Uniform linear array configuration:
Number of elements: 32
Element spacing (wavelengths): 0.75
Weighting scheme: blackman
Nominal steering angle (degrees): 0
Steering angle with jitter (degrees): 1.843
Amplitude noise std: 0.05
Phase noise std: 0.05

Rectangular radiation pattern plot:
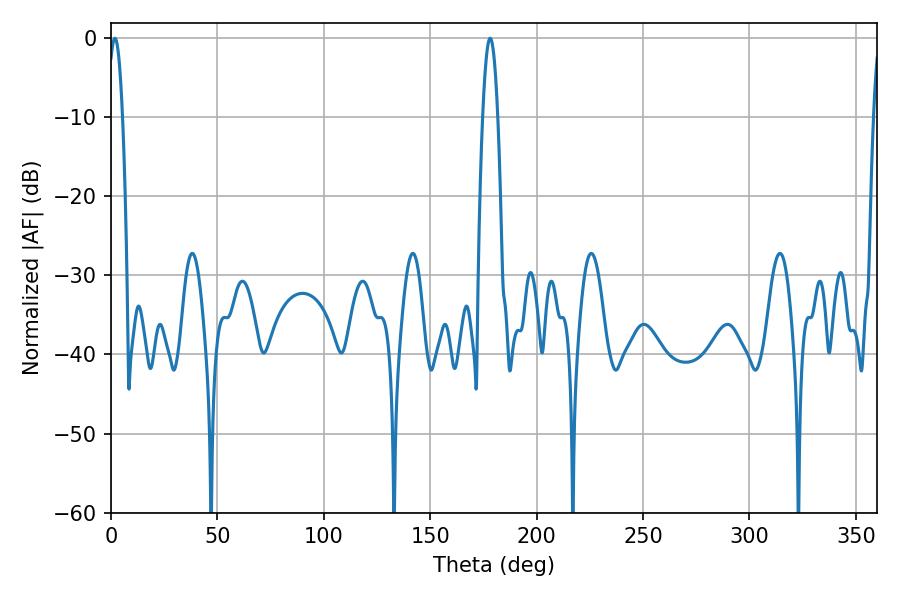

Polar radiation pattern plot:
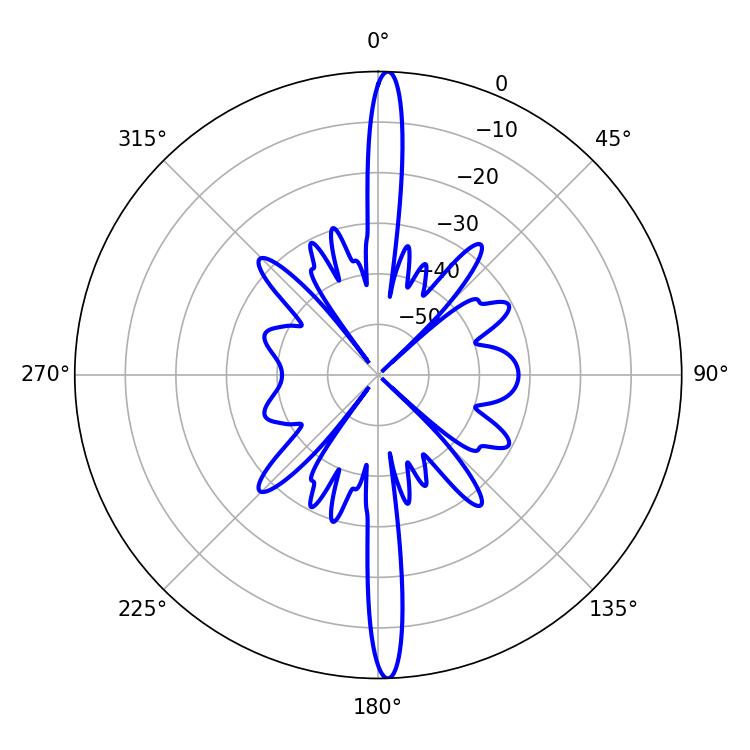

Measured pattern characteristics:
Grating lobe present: TRUE
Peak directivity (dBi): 26.107
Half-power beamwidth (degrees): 3.78
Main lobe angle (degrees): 1.8